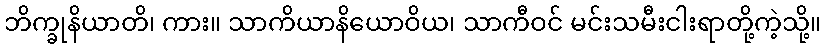
ဘိက္ခုနိယာတိ၊ ကား။ သာကိယာနိယောဝိယ၊ သာကီဝင် မင်းသမီးငါးရာတို့ကဲ့သို့။